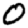
Digit: 0